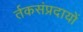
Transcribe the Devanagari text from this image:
र्तकसंप्रदायों